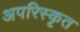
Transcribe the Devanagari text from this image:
अपरिस्कृत